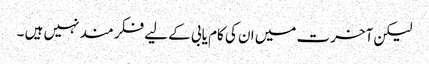
لیکن آخرت میں ان کی کام یابی کے لیے فکر مند نہیں ہیں ۔